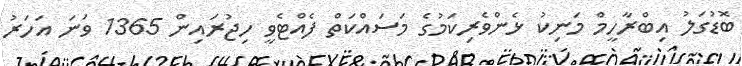
ބޮޑުގަލު އިބްރާހީމް މަނިކު ޅެންވެރިކަމުގެ މަސައްކަތް ފެއްޓެވީ ހިޖުރައިން 1365 ވަނަ އަހަރު